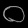
Digit: ၀